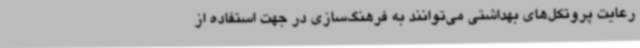
رعایت پروتکل‌های بهداشتی می‌توانند به فرهنگ‌سازی در جهت استفاده از